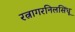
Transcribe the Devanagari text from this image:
रत्नागरनिलसिंधू